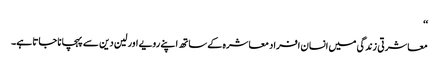
‘‘
معاشرتی زندگی میں انسان افراد معاشرہ کے ساتھ اپنے رویے اور لین دین سے پہچانا جاتا ہے۔